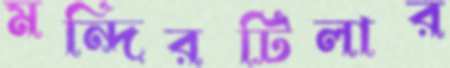
মন্দিরটিলার